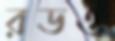
রডও